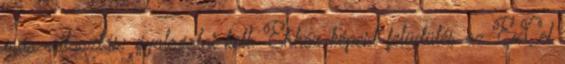
más választás: gyalogolni kell. Ehhez képest felüdülés az ExCel